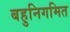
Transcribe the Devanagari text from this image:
बहुनिगमित